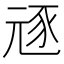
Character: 㒮